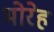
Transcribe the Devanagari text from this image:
मोरेह